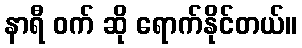
နာရီ ဝက် ဆို ရောက်နိုင်တယ်။